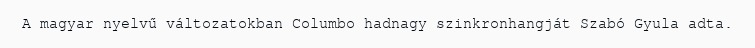
A magyar nyelvű változatokban Columbo hadnagy szinkronhangját Szabó Gyula adta.